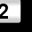
Digit: 2